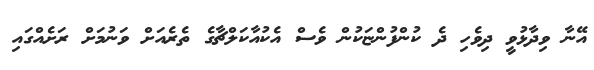
އޭނާ ވިދާޅުވީ ދިވެހި ދެ ކުންފުންޏަކުން ވެސް އެކުއާކަލްޗާގެ ތެރެއަށް ވަނުމަށް ރަށެއްގައި